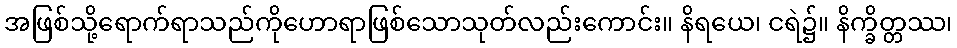
အဖြစ်သို့ရောက်ရာသည်ကိုဟောရာဖြစ်သောသုတ်လည်းကောင်း။ နိရယေ၊ ငရဲ၌။ နိက္ခိတ္တဿ၊